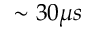
\sim 3 0 \mu s